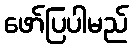
ဖော်ပြပါမည်